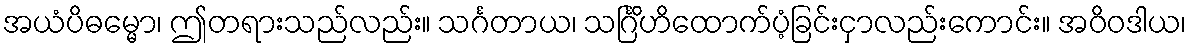
အယံပိဓမ္မော၊ ဤတရားသည်လည်း။ သင်္ဂတာယ၊ သင်္ဂြိဟိထောက်ပံ့ခြင်းငှာလည်းကောင်း။ အဝိဝဒါယ၊